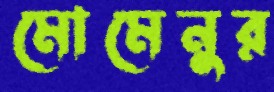
মোমেনুর